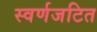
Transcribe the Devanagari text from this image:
स्वर्णजटित